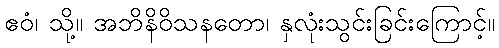
ဧဝံ၊ သို့။ အဘိနိဝိသနတော၊ နှလုံးသွင်းခြင်းကြောင့်။